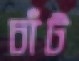
চাঁট